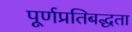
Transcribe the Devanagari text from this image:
पूर्णप्रतिबद्धता